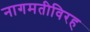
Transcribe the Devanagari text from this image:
नागमतीविरह